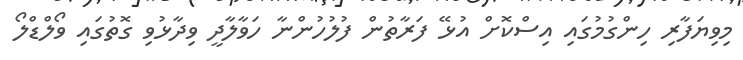
މިވިޔަފާރި ހިންގުމުގައި އިސްކޮށް އުޅޭ ފަރާތުން ފުލުހުންނާ ހަވާލާދީ ވިދާޅުވި ގޮތުގައި ވޯލްޑްލޯ